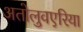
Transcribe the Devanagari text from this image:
अतोलुवएरिया